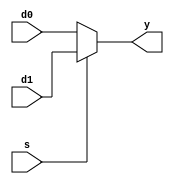
/*
 *  kianv harris multicycle RISC-V rv32im
 *
 *  copyright (c) 2022/23 hirosh dabui <hirosh@dabui.de>
 *
 *  permission to use, copy, modify, and/or distribute this software for any
 *  purpose with or without fee is hereby granted, provided that the above
 *  copyright notice and this permission notice appear in all copies.
 *
 *  the software is provided "as is" and the author disclaims all warranties
 *  with regard to this software including all implied warranties of
 *  merchantability and fitness. in no event shall the author be liable for
 *  any special, direct, indirect, or consequential damages or any damages
 *  whatsoever resulting from loss of use, data or profits, whether in an
 *  action of contract, negligence or other tortious action, arising out of
 *  or in connection with the use or performance of this software.
 *
 */
`default_nettype none `timescale 1 ns / 100 ps
/* verilator lint_off MULTITOP */

module mux2 #(
        parameter WIDTH = 32
    ) (
        input  wire [WIDTH -1:0] d0,
        d1,
        input  wire              s,
        output wire [WIDTH -1:0] y
    );

    assign y = s ? d1 : d0;
endmodule

module mux3 #(
        parameter WIDTH = 32
    ) (
        input  wire [WIDTH -1:0] d0,
        d1,
        d2,
        input  wire [       1:0] s,
        output wire [WIDTH -1:0] y
    );

    assign y = s[1] ? d2 : (s[0] ? d1 : d0);
endmodule

module mux4 #(
        parameter WIDTH = 32
    ) (
        input  wire [WIDTH -1:0] d0,
        d1,
        d2,
        d3,
        input  wire [       1:0] s,
        output wire [WIDTH -1:0] y
    );

    wire [WIDTH -1:0] low, high;

    mux2 lowmux (
             d0,
             d1,
             s[0],
             low
         );
    mux2 highmux (
             d2,
             d3,
             s[0],
             high
         );
    mux2 finalmux (
             low,
             high,
             s[1],
             y
         );
endmodule

module mux5 #(
        parameter WIDTH = 32
    ) (
        input  wire [WIDTH -1:0] d0,
        d1,
        d2,
        d3,
        d4,
        input  wire [       2:0] s,
        output wire [WIDTH -1:0] y

    );

    assign y = (s == 0) ? d0 : (s == 1) ? d1 : (s == 2) ? d2 : (s == 3) ? d3 : d4;

endmodule

module mux6 #(
        parameter WIDTH = 32
    ) (
        input  wire [WIDTH -1:0] d0,
        d1,
        d2,
        d3,
        d4,
        d5,
        input  wire [       2:0] s,
        output wire [WIDTH -1:0] y

    );

    assign y = (s == 0) ? d0 : (s == 1) ? d1 : (s == 2) ? d2 : (s == 3) ? d3 : (s == 4) ? d4 : d5;

endmodule

module dlatch #(
        parameter WIDTH = 32
    ) (
        input wire clk,
        input wire [WIDTH -1:0] d,
        output reg [WIDTH -1:0] q
    );
    always @(posedge clk) q <= d;
endmodule

module dff #(
        parameter WIDTH  = 32,
        parameter PRESET = 0
    ) (
        input wire resetn,
        input wire clk,
        input wire en,
        input wire [WIDTH -1:0] d,
        output reg [WIDTH -1:0] q
    );
    always @(posedge clk)
        if (!resetn) q <= PRESET;
        else if (en) q <= d;

endmodule
module counter #(
        parameter WIDTH = 32
    ) (
        input wire resetn,
        input wire clk,
        input wire inc,
        output reg [WIDTH -1:0] q
    );
    always @(posedge clk)
        if (!resetn) q <= 0;
        else if (inc) q <= q + 1;

endmodule
/* verilator lint_on MULTITOP */